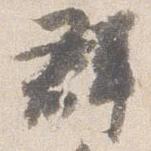
群